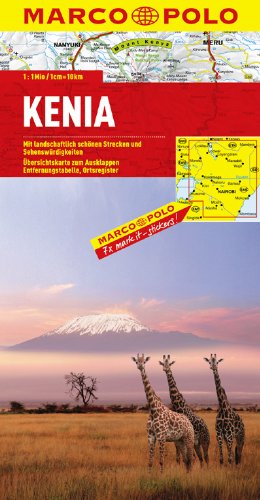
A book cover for Kenya Marco Polo Map (Marco Polo Maps); Marco Polo Travel; Travel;